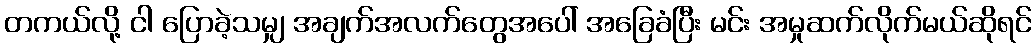
တကယ်လို့ ငါ ပြောခဲ့သမျှ အချက်အလက်တွေအပေါ် အခြေခံပြီး မင်း အမှုဆက်လိုက်မယ်ဆိုရင်